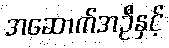
အဆောက်အဦနှင့်